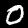
Label: 0